Insane asylums in Bengal annual reports 1867-1875 - 1867-1875
Year: 1867
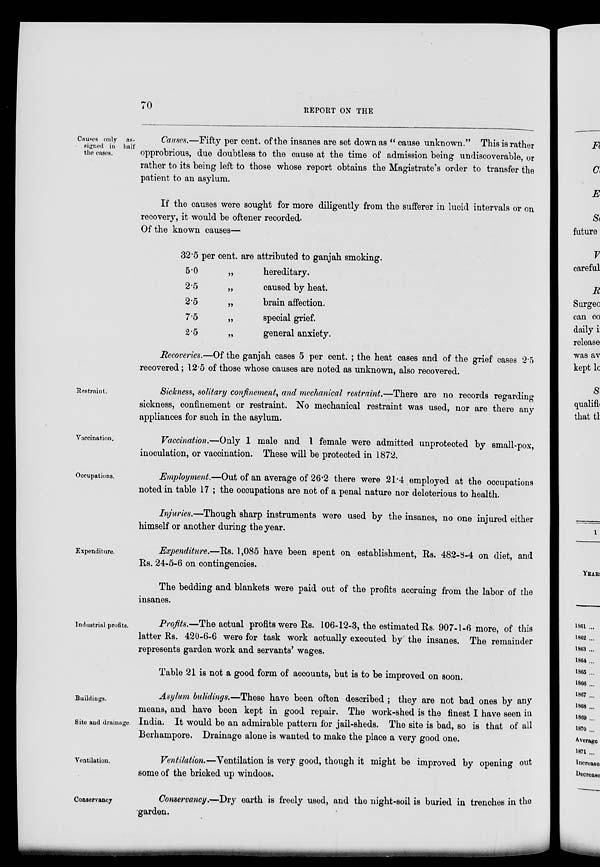
70
REPORT ON THE
Causes only as-
signed in half
the cases.
Causes.—Fifty per cent. of the insanes are set down as " cause unknown." This is rather
opprobrious, due doubtless to the cause at the time of admission being undiscoverable, or
rather to its being left to those whose report obtains the Magistrate's order to transfer the
patient to an asylum.
If the causes were sought for more diligently from the sufferer in lucid intervals or on
recovery, it would be oftener recorded.
Of the known causes—
32.5 per cent. are attributed to ganjah smoking.
5.0 „
2.5 „
2.5 „
7.5 „
2.5 „
hereditary.
caused by heat.
brain affection.
special grief.
general anxiety.
Recoveries.—Of the ganjah cases 5 per cent. ; the heat cases and of the grief cases 2.5
recovered; 12.5 of those whose causes are noted as unknown, also recovered.
Restraint.
Sickness, solitary confinement, and mechanical restraint.—There are no records regarding
sickness, confinement or restraint. No mechanical restraint was used, nor are there any
appliances for such in the asylum.
Vaccination.
Vaccination.—Only 1 male and 1 female were admitted unprotected by small-pox,
inoculation, or vaccination. These will be protected in 1872.
Occupations.
Employment.—Out of an average of 26.2 there were 21.4 employed at the occupations
noted in table 17 ; the occupations are not of a penal nature nor deleterious to health.
Injuries.—Though sharp instruments were used by the insanes, no one injured either
himself or another during the year.
Expenditure.
Expenditure.—Rs. 1,085 have been spent on establishment, Rs. 482-8-4 on diet, and
Rs. 24-5-6 on contingencies.
The bedding and blankets were paid out of the profits accruing from the labor of the
insanes.
Industrial profits.
Profits.—The actual profits were Rs. 106-12-3, the estimated Rs. 907-1-6 more, of this
latter Rs. 420-6-6 were for task work actually executed by the insanes. The remainder
represents garden work and servants' wages.
Table 21 is not a good form of accounts, but is to be improved on soon.
Buildings.
Site and drainage.
Asylum bulidings.—These have been often described ; they are not bad ones by any
means, and have been kept in good repair. The work-shed is the finest I have seen in
India. It would be an admirable pattern for jail-sheds. The site is bad, so is that of all
Berhampore. Drainage alone is wanted to make the place a very good one.
Ventilation.
Ventilation.—Ventilation is very good, though it might be improved by opening out
some of the bricked up windoos.
Conservancy
Conservancy.—Dry earth is freely used, and the night-soil is buried in trenches in the
garden.